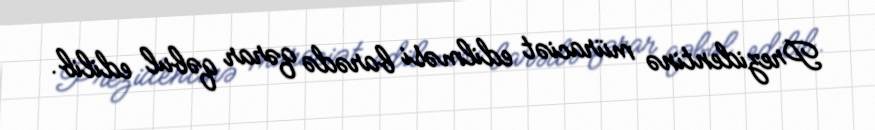
Prezidentinə müraciət edilməsi barədə qərar qəbul edilib.